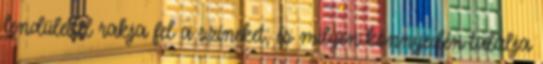
lendülettel rakja fel a színeket, és milyen könnyedén találja